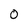
Character: 0